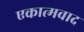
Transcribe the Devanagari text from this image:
एकात्मवाद